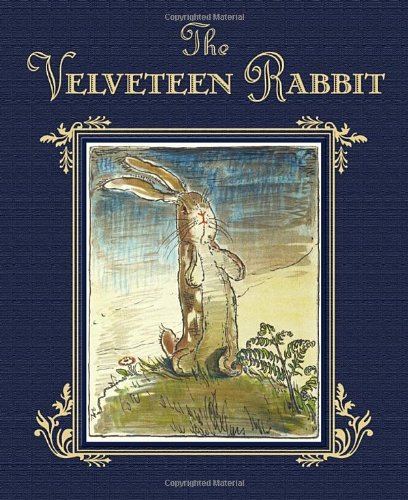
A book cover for The Velveteen Rabbit; Margery Williams; Christian Books & Bibles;